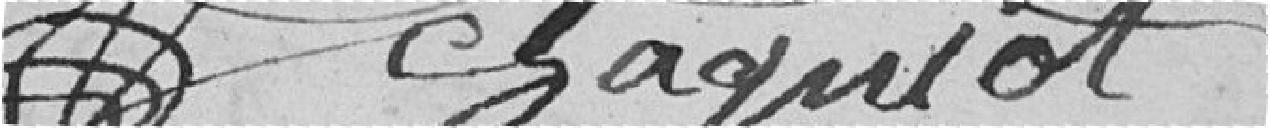
chagniot